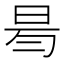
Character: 𣆃